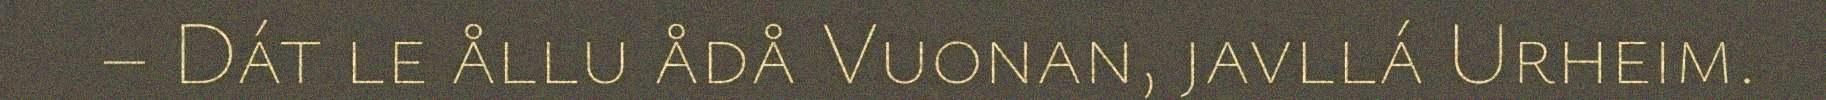
– Dát le ållu ådå Vuonan, javllá Urheim.